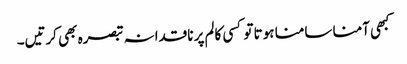
کبھی آمنا سامنا ہوتا تو کسی کالم پر ناقدانہ تبصرہ بھی کرتیں۔